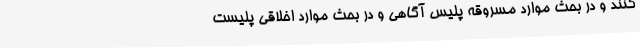
کنند و در بحث موارد مسروقه پلیس آگاهی و در بحث موارد اخلاقی پلیست